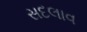
સદલાવ